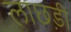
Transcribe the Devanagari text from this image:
लाछड़ी